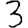
Digit: 3